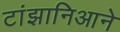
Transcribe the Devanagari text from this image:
टांझानिआने